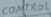
Text: CONTROL